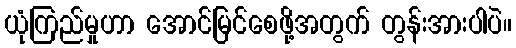
ယုံကြည်မှုဟာ အောင်မြင်စေဖို့အတွက် တွန်းအားပါပဲ။